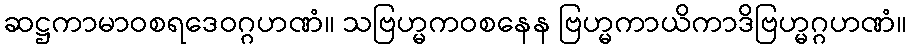
ဆဋ္ဌကာမာဝစရဒေဝဂ္ဂဟဏံ။ သဗြဟ္မကဝစနေန ဗြဟ္မကာယိကာဒိဗြဟ္မဂ္ဂဟဏံ။